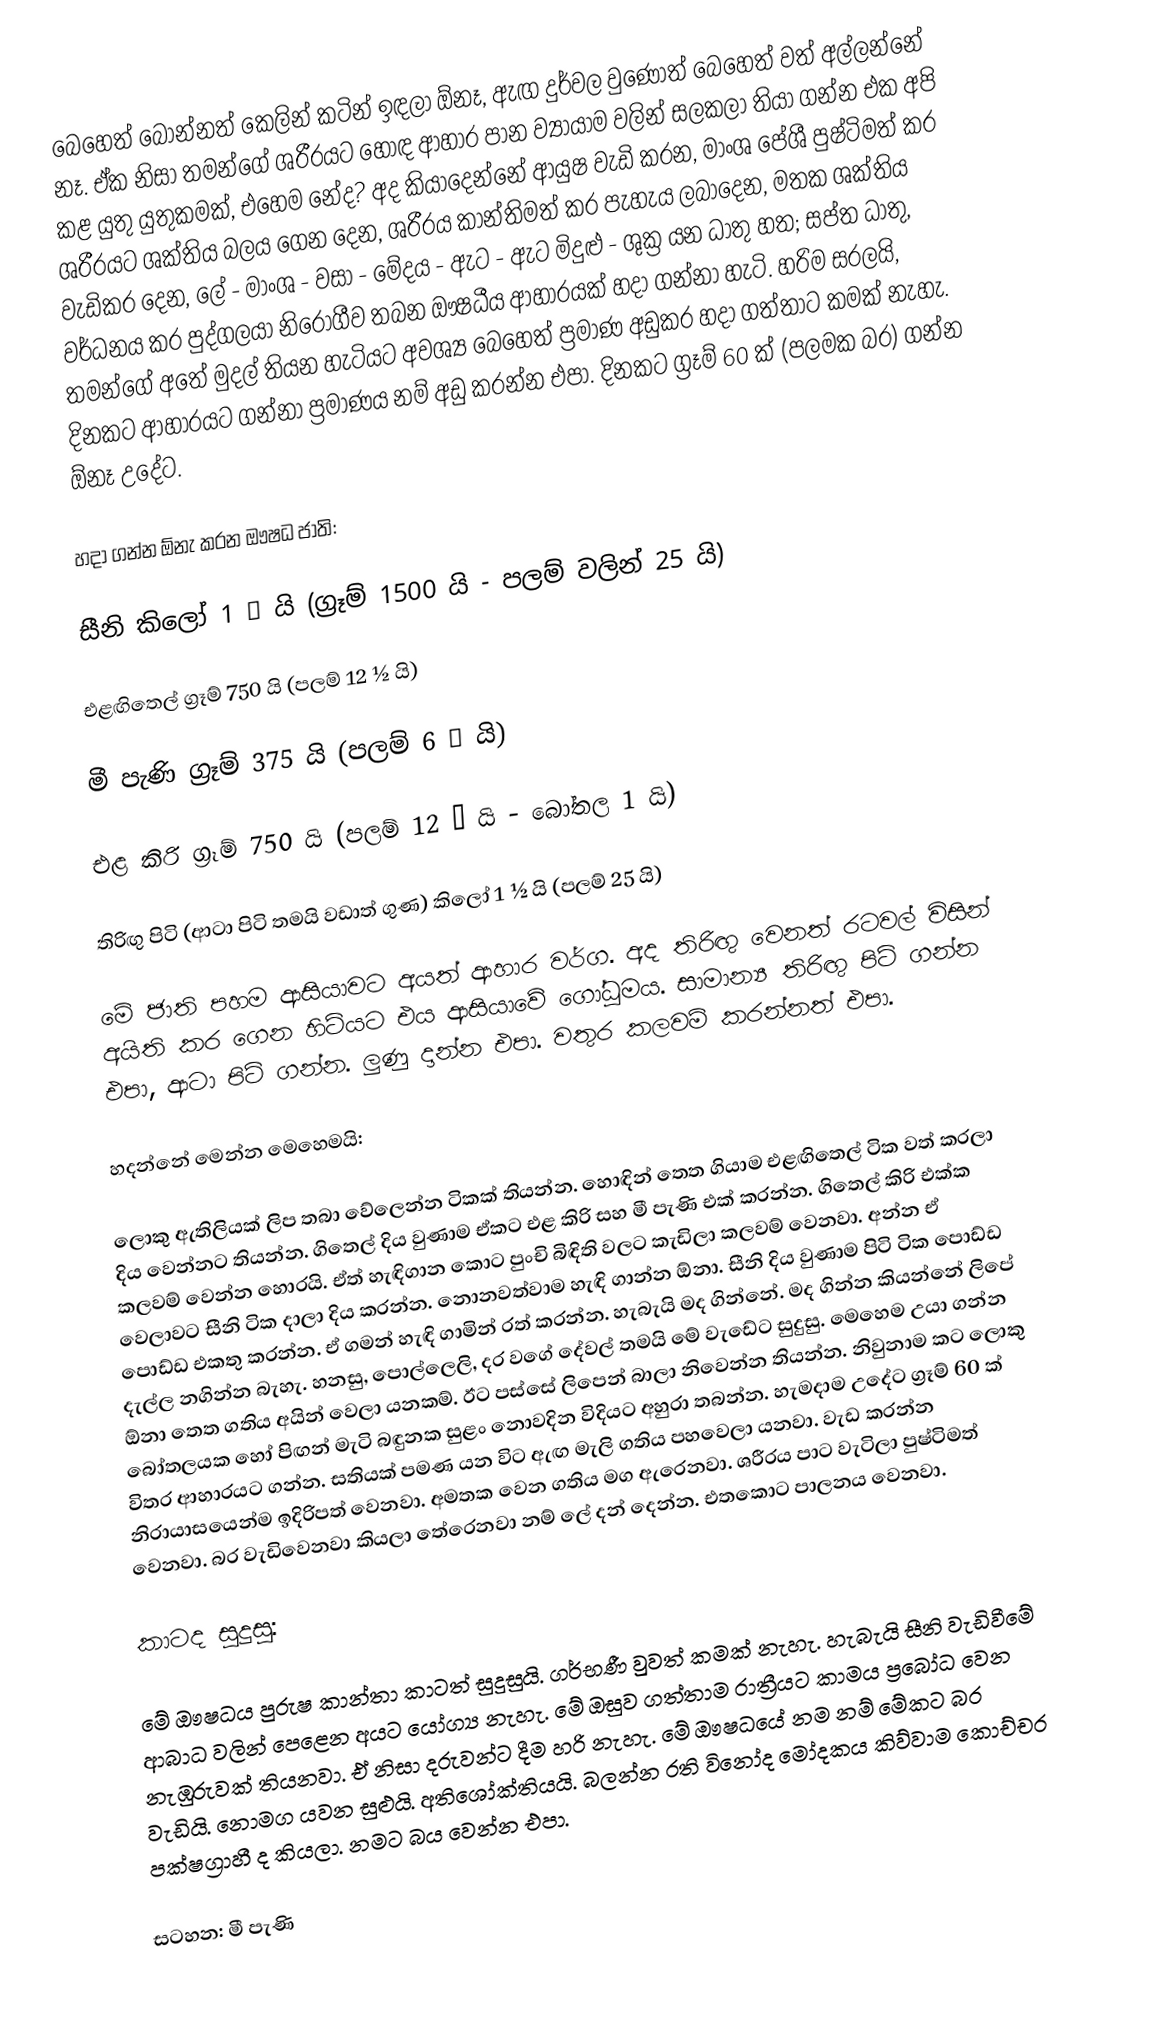
බෙහෙත් බොන්නත් කෙලින් කටින් ඉඳලා ඕනෑ, ඇඟ දුර්වල වුණොත් බෙහෙත් වත් අල්ලන්නේ නෑ. ඒක නිසා තමන්ගේ ශරීරයට හොඳ ආහාර පාන ව්‍යායාම වලින් සලකලා තියා ගන්න එක අපි කළ යුතු යුතුකමක්, එහෙම නේද? අද කියාදෙන්නේ ආයුෂ වැඩි කරන, මාංශ පේශී පුෂ්ටිමත් කර ශරීරයට ශක්තිය බලය ගෙන දෙන, ශරීරය කාන්තිමත් කර පැහැය ලබාදෙන, මතක ශක්තිය වැඩිකර දෙන, ලේ - මාංශ - වසා - මේදය - ඇට - ඇට මිදුළු - ශුක්‍ර යන ධාතු හත; සප්ත ධාතු, වර්ධනය කර පුද්ගලයා නිරෝගීව තබන ඖෂධීය ආහාරයක් හදා ගන්නා හැටි. හරිම සරලයි, තමන්ගේ අතේ මුදල් තියන හැටියට අවශ්‍ය බෙහෙත් ප්‍රමාණ අඩුකර හදා ගත්තාට කමක් නැහැ. දිනකට ආහාරයට ගන්නා ප්‍රමාණය නම් අඩු කරන්න එපා. දිනකට ග්‍රෑම් 60 ක් (පලමක බර) ගන්න ඕනෑ උදේට.

හදා ගන්න ඕනැ කරන ඖෂධ ජාති:

සීනි කිලෝ 1  ½ යි (ග්‍රෑම් 1500 යි - පලම් වලින් 25 යි)

එළඟිතෙල් ග්‍රෑම් 750 යි (පලම් 12 ½ යි)

මී පැණි ග්‍රෑම් 375 යි (පලම් 6 ¼ යි)

එළ කිරි ග්‍රෑම් 750 යි (පලම් 12 ½ යි - බෝතල 1 යි)

තිරිඟු පිටි (ආටා පිටි තමයි වඩාත් ගුණ) කිලෝ 1  ½ යි (පලම් 25 යි)

මේ ජාති පහම ආසියාවට අයත් ආහාර වර්ග. අද තිරිඟු වෙනත් රටවල් විසින් අයිති කර ගෙන හිටියට එය ආසියාවේ ගෝධූමය. සාමාන්‍ය තිරිඟු පිටි ගන්න එපා, ආටා පිටි ගන්න. ලුණු දාන්න එපා. වතුර කලවම් කරන්නත් එපා.

හදන්නේ මෙන්න මෙහෙමයි:

ලොකු ඇතිලියක් ලිප තබා වේලෙන්න ටිකක් තියන්න. හොඳින් තෙත ගියාම එළඟිතෙල් ටික වත් කරලා දිය වෙන්නට තියන්න. ගිතෙල් දිය වුණාම ඒකට එළ කිරි සහ මී පැණි එක් කරන්න. ගිතෙල් කිරි එක්ක කලවම් වෙන්න හොරයි. ඒත් හැඳිගාන කොට පුංචි බිඳිති වලට කැඩිලා කලවම් වෙනවා. අන්න ඒ වෙලාවට සීනි ටික දාලා දිය කරන්න. නොනවත්වාම හැඳි ගාන්න ඕනා. සීනි දිය වුණාම පිටි ටික පොඩ්ඩ පොඩ්ඩ එකතු කරන්න. ඒ ගමන් හැඳි ගාමින් රත් කරන්න. හැබැයි මද ගින්නේ. මද ගින්න කියන්නේ ලිපේ දැල්ල නගින්න බැහැ. හනසු, පොල්ලෙලි, දර වගේ දේවල් තමයි මේ වැඩේට සුදුසු. මෙහෙම උයා ගන්න ඕනා තෙත ගතිය අයින් වෙලා යනකම්. ඊට පස්සේ ලිපෙන් බාලා නිවෙන්න තියන්න. නිවුනාම කට ලොකු බෝතලයක හෝ පිඟන් මැටි බඳුනක සුළං නොවදින විදියට අහුරා තබන්න. හැමදාම උදේට ග්‍රෑම් 60 ක් විතර ආහාරයට ගන්න. සතියක් පමණ යන විට ඇඟ මැලි ගතිය පහවෙලා යනවා. වැඩ කරන්න නිරායාසයෙන්ම ඉදිරිපත් වෙනවා. අමතක වෙන ගතිය මග ඇරෙනවා. ශරීරය පාට වැටිලා පුෂ්ටිමත් වෙනවා. බර වැඩිවෙනවා කියලා තේරෙනවා නම් ලේ දන් දෙන්න. එතකොට පාලනය වෙනවා.

කාටද සුදුසු:

මේ ඖෂධය පුරුෂ කාන්තා කාටත් සුදුසුයි. ගර්භණී වුවත් කමක් නැහැ. හැබැයි සීනි වැඩිවීමේ ආබාධ වලින් පෙළෙන අයට යෝග්‍ය නැහැ. මේ ඔසුව ගත්තාම රාත්‍රීයට කාමය ප්‍රබෝධ වෙන නැඹුරුවක් තියනවා. ඒ නිසා දරුවන්ට දීම හරි නැහැ. මේ ඖෂධයේ නම නම් මේකට බර වැඩියි. නොමග යවන සුළුයි. අතිශෝක්තියයි. බලන්න රති විනෝද මෝදකය කිව්වාම කොච්චර පක්ෂග්‍රාහී ද කියලා. නමට බය වෙන්න එපා.

සටහන: මී පැණි